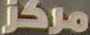
مركز